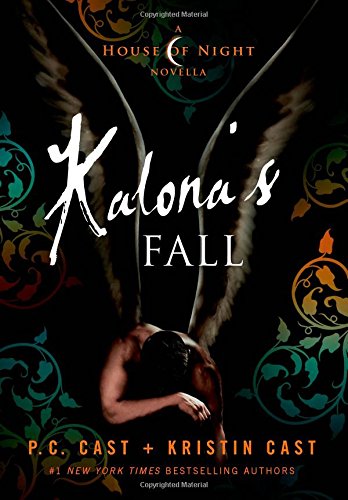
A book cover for Kalona's Fall: A House of Night Novella (House of Night Novellas); P. C. Cast; Teen & Young Adult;